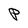
Character: P